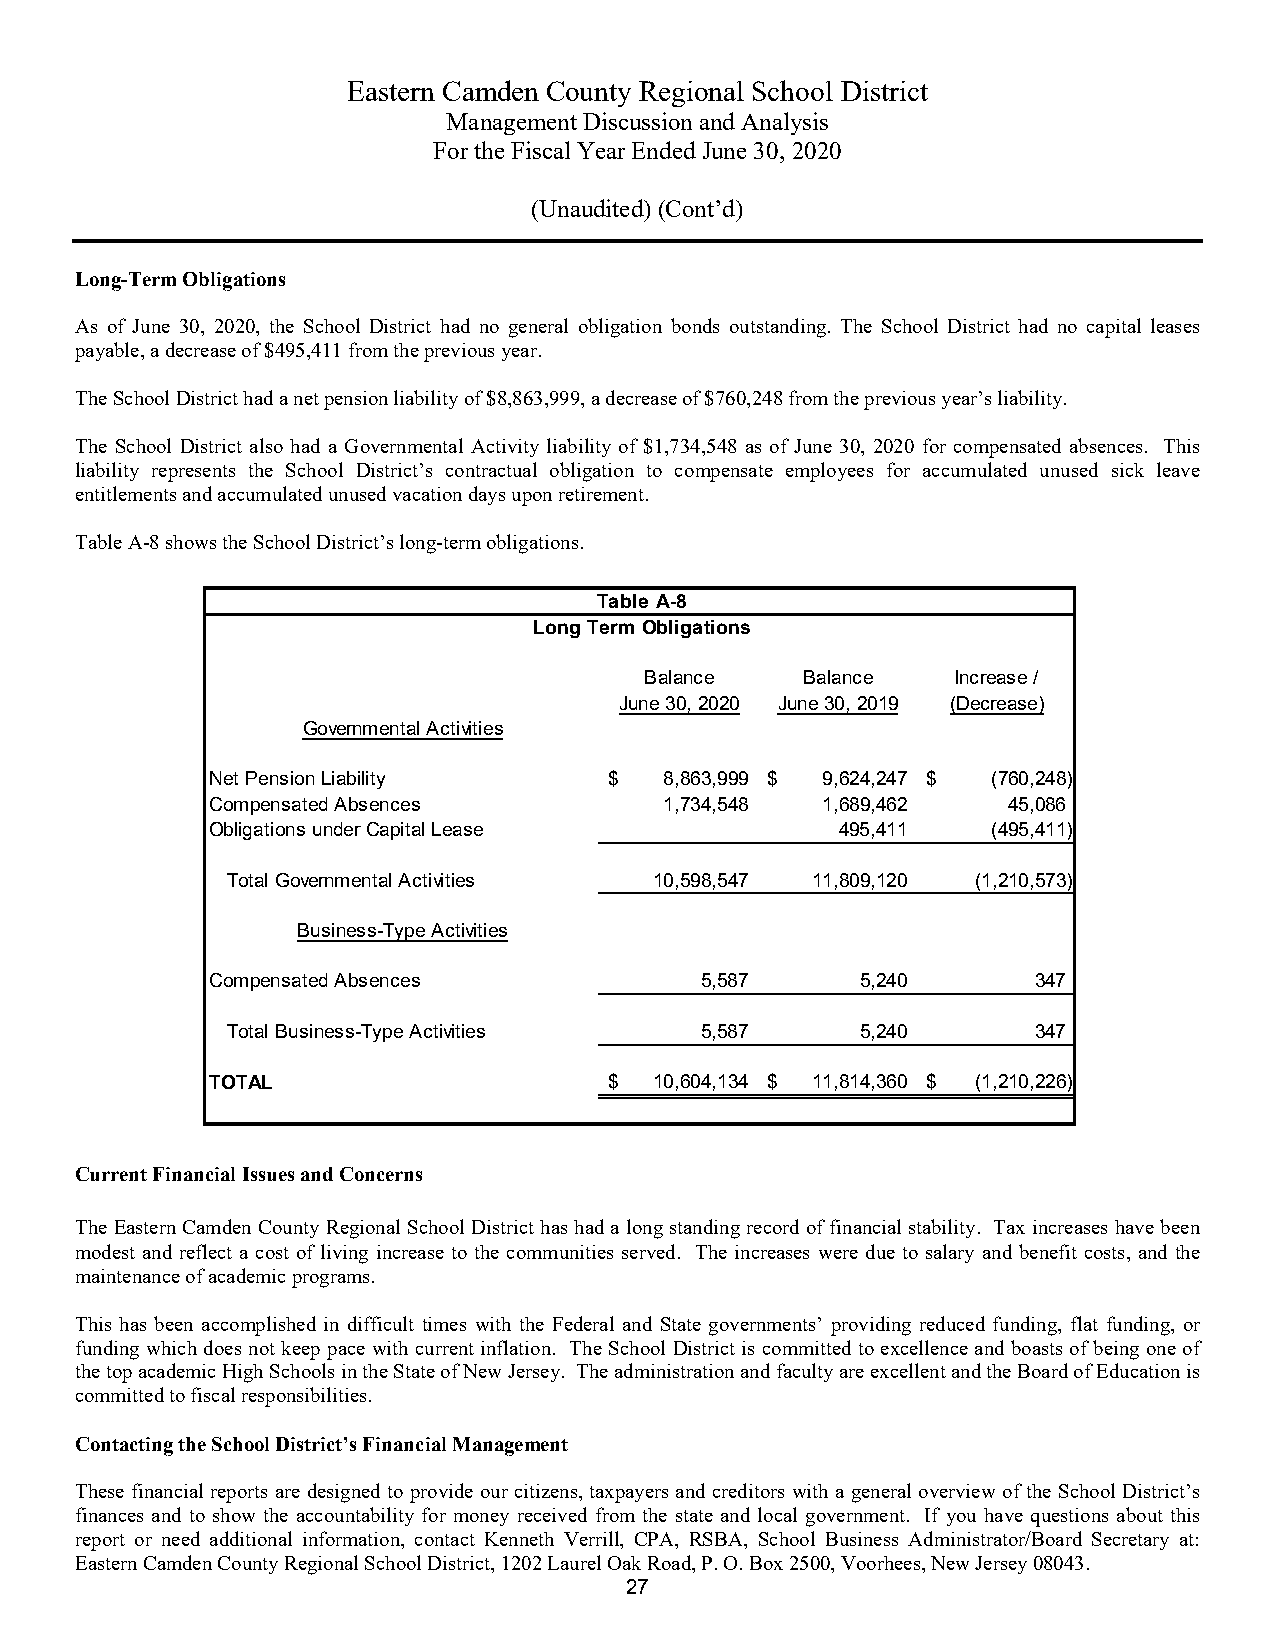
Eastern Camden County Regional School District
 Management Discussion and Analysis
 For the Fiscal Year Ended June 30, 2020
 (Unaudited)(Cont’d)
 Long-Term Obligations
 As of June 30, 2020, the School District had no general obligation bonds outstanding. The School District had no capital leases
 payable, a decrease of $495,411from the previous year.
 The School District had a net pension liability of $8,863,999, adecreaseof $760,248from the previous year’s liability.
 The School District also had a Governmental Activity liability of $1,734,548 as of June 30, 2020 for compensated absences. This
 liability represents the School District’s contractual obligation to compensate employees for accumulated unused sick leave
 entitlements and accumulated unused vacation days upon retirement.
 Table A-8 shows the School District’s long-term obligations.
 Table A-8
 Long Term Obligations
 Balance   Balance   Increase /
 June 30, 2020 June 30, 2019 (Decrease)
 Governmental Activities
 Net Pension Liability     $   8,863,999 $ 9,624,247 $ (760,248)
 Compensated Absences          1,734,548 1,689,462    45,086
 Obligations under Capital Lease           495,411   (495,411)
 Total Governmental Activities 10,598,547 11,809,120 (1,210,573)
 Business-Type Activities
 Compensated Absences            5,587      5,240      347
 Total Business-Type Activities 5,587      5,240      347
 TOTAL                     $  10,604,134 $ 11,814,360 $ (1,210,226)
 Current Financial Issues and Concerns
 The Eastern Camden County Regional School District has had a long standing record of financial stability. Tax increases have been
 modest and reflect a cost of living increase to the communities served. The increases were due to salary and benefit costs, and the
 maintenance of academic programs.
 This has been accomplished in difficult times with the Federal and State governments’ providing reduced funding, flat funding, or
 funding which does not keep pace with current inflation. The School District is committed to excellence and boasts of being one of
 the top academic High Schools in the State of New Jersey. The administration and faculty areexcellent and the Board of Education is
 committed to fiscal responsibilities.
 Contacting the School District’s Financial Management
 These financial reports are designed to provide our citizens, taxpayers and creditors with a general overview of the School District’s
 finances and to show the accountability for money received from the state and local government. If you have questions about this
 report or need additional information, contact Kenneth Verrill, CPA, RSBA, School Business Administrator/Board Secretary at:
 Eastern Camden County Regional School District, 1202 Laurel Oak Road, P. O. Box 2500, Voorhees, New Jersey 08043.
 27